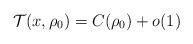
LaTeX: \begin{align*}\mathcal{T}(x, \rho_{0}) = C(\rho_{0})+o(1)\end{align*}